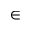
\in